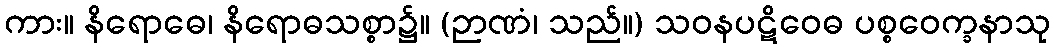
ကား။ နိရောဓေ၊ နိရောဓသစ္စာ၌။ (ဉာဏံ၊ သည်။) သဝနပဋိဝေဓ ပစ္စဝေက္ခနာသု